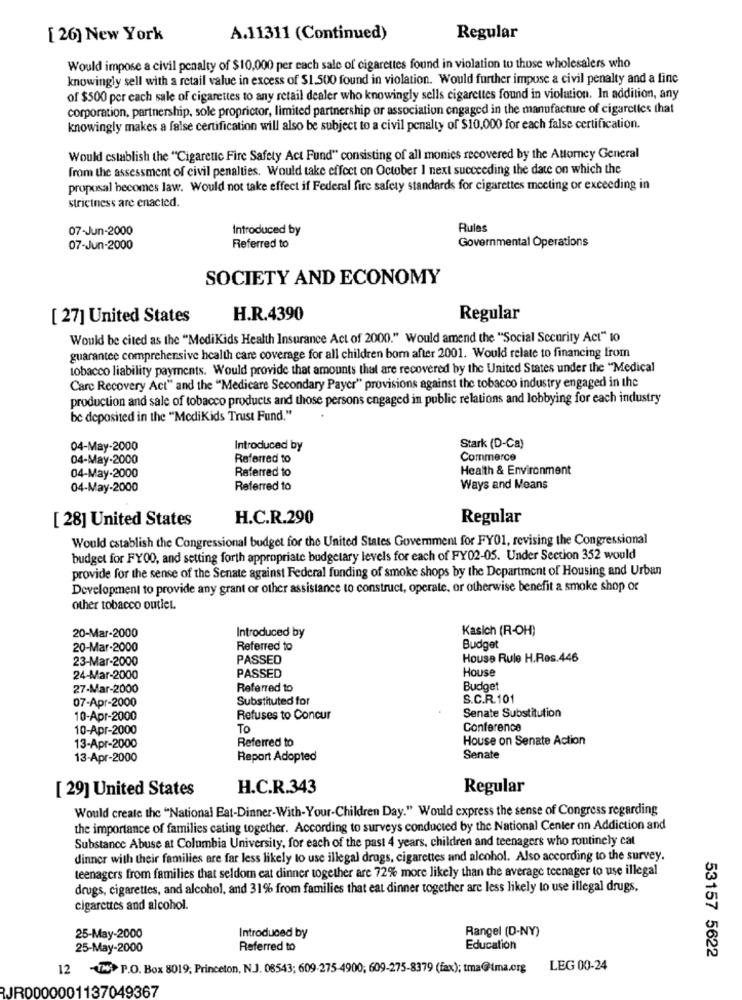
[ 26] New York
A.11311 (Continued)
Regular
Would impose a civil penalty of $10,000 per each sale of cigarettes found in violation to those wholesalers who
knowingly sell with a retail value in excess of $1.500 found in violation. Would further impose a civil penalty and a fine
of $500 per cach sale of cigarettes to any retail dealer who knowingly sells cigarettes found in violation. In addition, any
corporation, partnership, sole proprictor, limited partnership or association engaged in the manufacture of cigarelles that
knowingly makes a false certification will also be subject to a civil penalty of $10,000 for each false certification.
Would establish the "Cigaretic Fire Safety Act Fund" consisting of all monies recovered by the Attorney General
from the assessment of civil penalties. Would take effect on October I next succeeding the date on which the
proposal becomes law. Would not take effect if Federal fire safety standards for cigarettes meeting or exceeding in
strictness are enacted.
07-Jun-2000
Introduced by
Rules
07-Jun-2000
Referred to
Governmental Operations
SOCIETY AND ECONOMY
[ 27] United States
H.R.4390
Regular
Would be cited as the "MediKids Health Insurance Act of 2000." Would amend the "Social Security Act" 10
guarantee comprehensive health care coverage for all children born after 2001. Would relate to financing from
tobacco liability payments. Would provide that amounts that are recovered by the United States under the "Medical
Care Recovery Act" and the "Medicare Secondary Payer" provisions against the tobacco industry engaged in the
production and sale of tobacco products and those persons engaged in public relations and lobbying for each industry
be deposited in the "ModiKids Trust Fund."
04-May-2000
Introduced by
Stark (D-Ca)
04-May-2000
Referred to
Commerce
Health & Environment
04-May-2000
Referred to
04-May-2000
Referred to
Ways and Means
[ 28] United States
H.C.R.290
Regular
Would establish the Congressional budget for the United States Government for FY01, revising the Congressional
budget for FY00, and setting forth appropriate budgetary levels for each of FY02-05. Under Section 352 would
provide for the sense of the Senate against Federal funding of smoke shops by the Department of Housing and Urban
Development to provide any grant or other assistance to construct, operate, or otherwise benefit a smoke shop or
other tobacco outiel.
Kasich (R-OH)
20-Mar-2000
Introduced by
20-Mar-2000
Referred to
Budget
23-Mar-2000
PASSED
House Rule H.Res.446
House
24-Mar-2000
PASSED
27-Mar-2000
Referred to
Budget
07-Apr-2000
Substituted for
S.C.R.101
Senate Substitution
10-Apr-2000
Refuses to Concur
10-Apr-2000
To
Conference
13-Apr-2000
Referred to
House on Senate Action
13-Apr-2000
Report Adopted
Senate
[ 29] United States
H.C.R.343
Regular
Would create the "National Eat-Dinner-With-Your-Children Day." Would express the sense of Congress regarding
the importance of families cating together. According to surveys conducted by the National Center on Addiction and
Substance Abuse at Columbia University, for each of the past 4 years, children and teenagers who routinely cat
dinner with their families are far less likely to use illegal drugs, cigarettes and alcohol. Also according to the survey.
teenagers from families that seldom eat dinner together are 72% more likely than the average teenager to use illegal
drugs, cigarettes, and alcohol, and 31% from families that eat dinner together are less likely to use illegal drugs.
cigarettes and alcohol.
Rangel (D-NY)
25-May-2000
Introduced by
25-May-2000
Referred to
Education
53157 5622
12 -VM: P.O. Box 8019, Princeton, N.J. 08543; 609-275-4900; 609-275-8379 (fax); tma@tma.org
LEG 00-24
JR0000001137049367